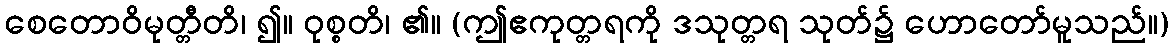
စေတောဝိမုတ္တီတိ၊ ၍။ ဝုစ္စတိ၊ ၏။ (ဤဧကုတ္တရကို ဒသုတ္တရ သုတ်၌ ဟောတော်မူသည်။)